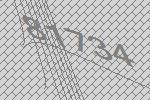
81734